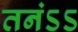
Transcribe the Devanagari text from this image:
तनंऽऽ